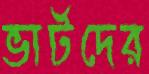
ভার্টদের